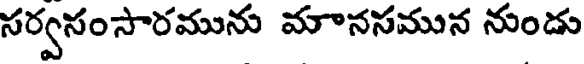
సర్వసంసారమును మానసమున నుండు